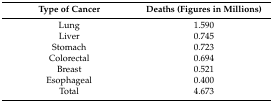
| Type of Cancer | Deaths (Figures in Millions) |
 | --- | --- |
 | Lung | 1.590 |
 | Liver | 0.745 |
 | Stomach | 0.723 |
 | Colorectal | 0.694 |
 | Breast | 0.521 |
 | Esophageal | 0.400 |
 | Total | 4.673 |